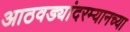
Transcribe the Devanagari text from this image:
आठवड्यांदरम्यानच्या